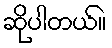
ဆိုပါတယ်။